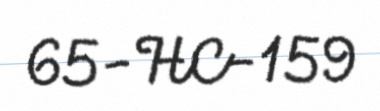
65-HC-159